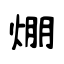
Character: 焩